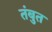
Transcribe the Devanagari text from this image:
तंबुत